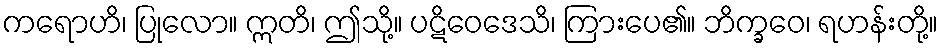
ကရောဟိ၊ ပြုလော။ ဣတိ၊ ဤသို့။ ပဋိဝေဒေသိ၊ ကြားပေ၏။ ဘိက္ခဝေ၊ ရဟန်းတို့။